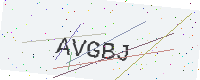
Text: AVGBJ